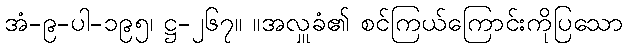
အံ-၉-ပါ-၁၉၅၊ ဋ္ဌ-၂၆၇။ ။အလှူခံ၏ စင်ကြယ်ကြောင်းကိုပြသော